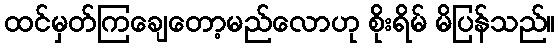
ထင်မှတ်ကြချေတော့မည်လောဟု စိုးရိမ် မိပြန်သည်။